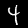
Digit: 4